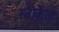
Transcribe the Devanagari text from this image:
स्नोर्केल